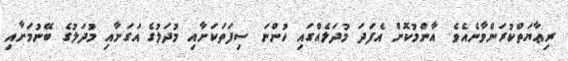
ރިޢާޔަތްކުރަންވާނެއެވެ. އާންމުކޮށް އެފަދަ މުދަލެއްގައި ހުންނަ ސިފަތަކަށާއި މުދަލުގެ އަގަށާއި މުދަލުގެ ބޭނުމަށާއި